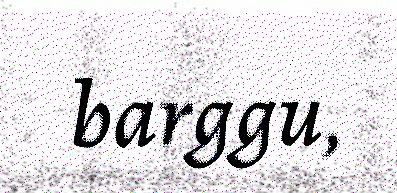
barggu,